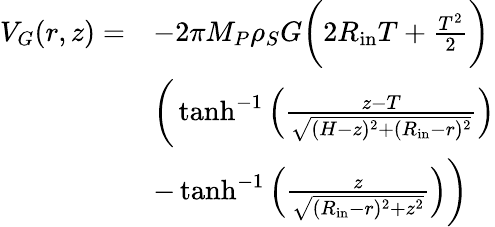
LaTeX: \begin{array}{rl}{V_{G}(r,z)=}&{-2\pi M_{P}\rho_{S}G\bigg(2R_{\mathrm{in}}T+\frac{T^{2}}{2}\bigg)}\\ &{\bigg(\operatorname{tanh}^{-1}\left(\frac{z-T}{\sqrt{(H-z)^{2}+(R_{\mathrm{in}}-r)^{2}}}\right)}\\ &{-\operatorname{tanh}^{-1}\left(\frac{z}{\sqrt{(R_{\mathrm{in}}-r)^{2}+z^{2}}}\right)\bigg)}\end{array}